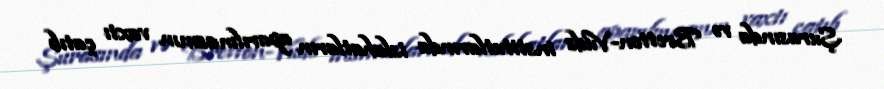
Şurasında və Bretton-Vuds institutlarında islahatların aparılmasının vaxtı çatıb